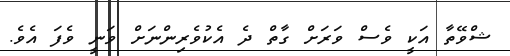
ޝްވޭތާ އަކީ ވެސް ވަރަށް ގާތް ދެ އެކުވެރިންނަށް ވަނީ ވެފަ އެވެ.